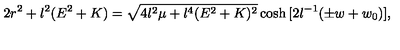
2 r ^ { 2 } + l ^ { 2 } ( E ^ { 2 } + K ) = \sqrt { 4 l ^ { 2 } \mu + l ^ { 4 } ( E ^ { 2 } + K ) ^ { 2 } } \cosh { [ 2 l ^ { - 1 } ( \pm w + w _ { 0 } ) ] } ,